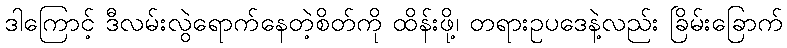
ဒါကြောင့် ဒီလမ်းလွဲရောက်နေတဲ့စိတ်ကို ထိန်းဖို့၊ တရားဥပဒေနဲ့လည်း ခြိမ်းခြောက်